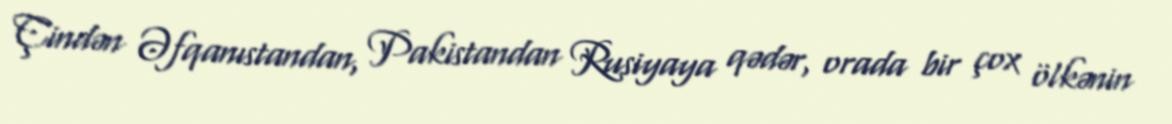
Çindən Əfqanıstandan, Pakistandan Rusiyaya qədər, orada bir çox ölkənin